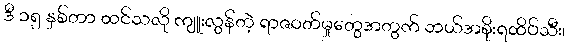
ဒီ ၁၅ နှစ်တာ ထင်သလို ကျူးလွန်တဲ့ ရာဇဝတ်မှုတွေအတွက် ဘယ်အစိုးရထိပ်သီး၊